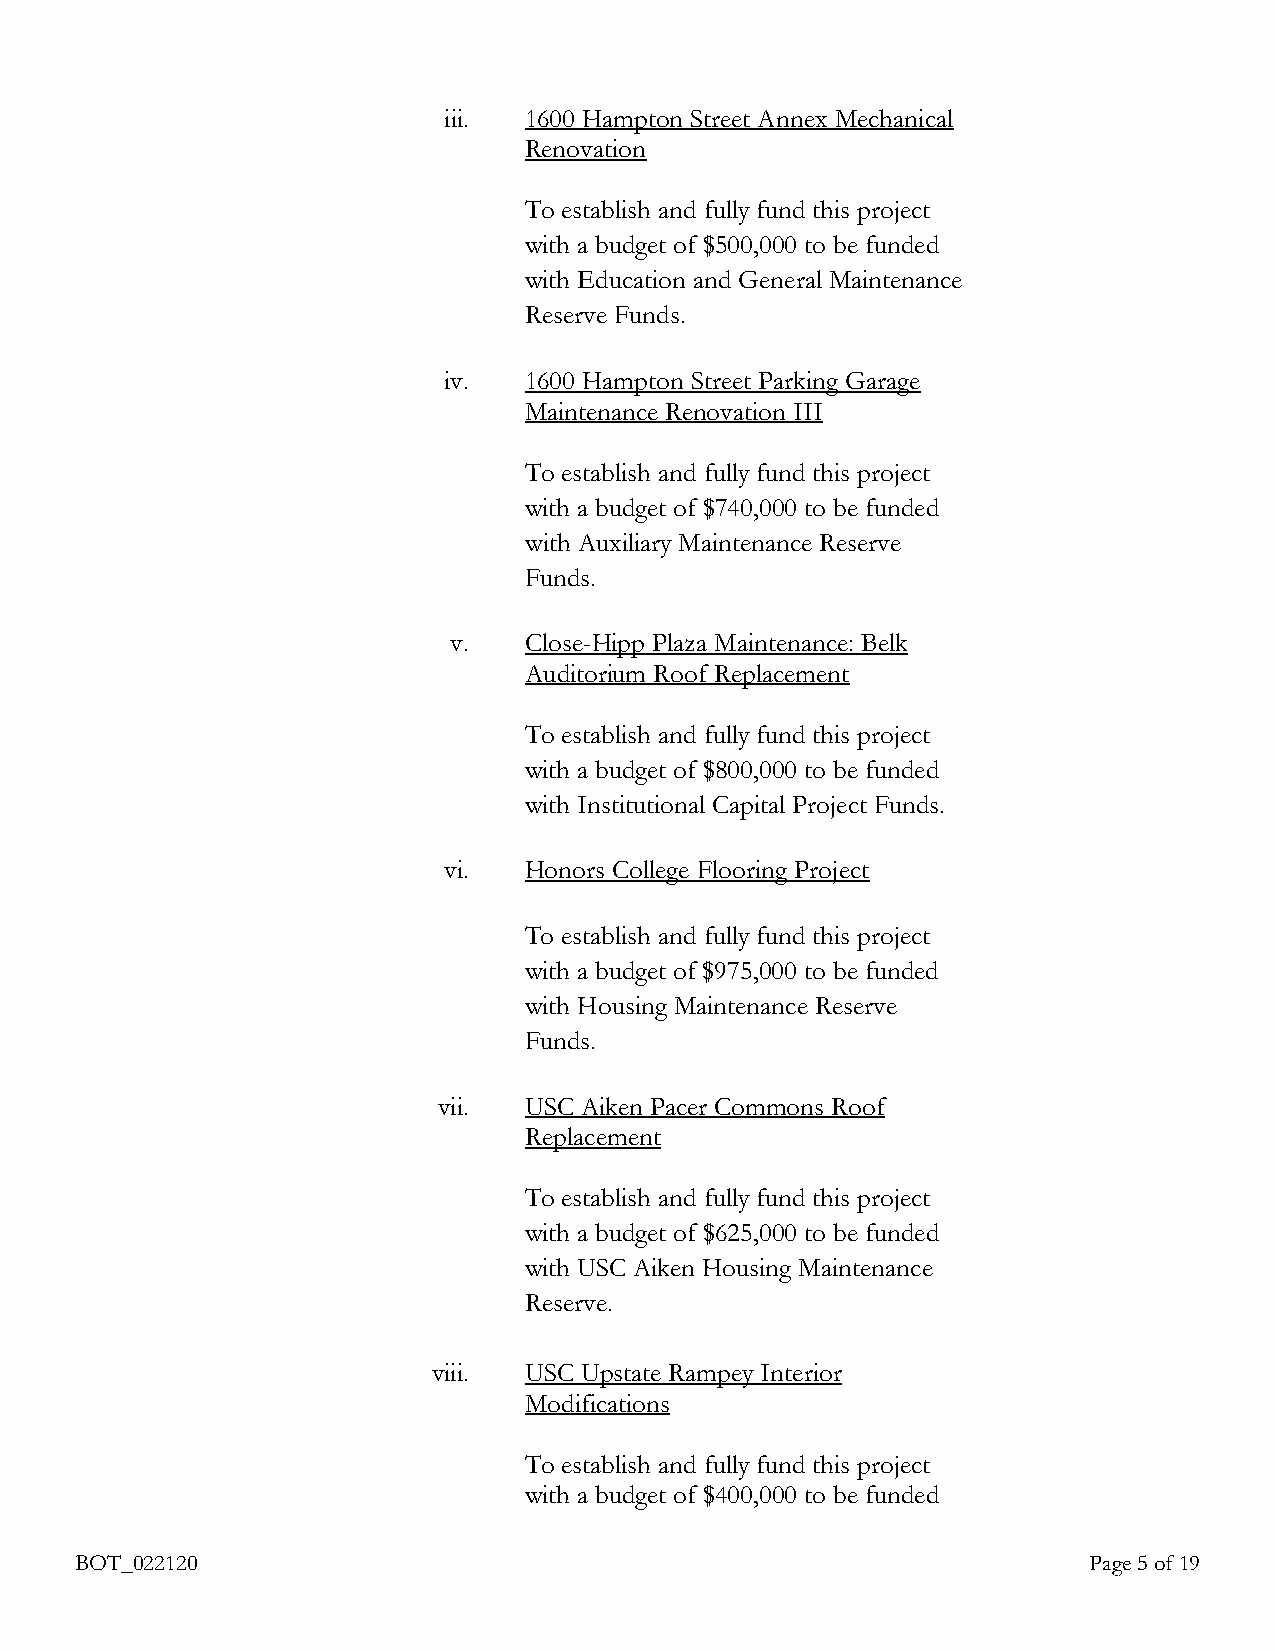
iii.  1600 Hampton Street Annex Mechanical
 Renovation
 To establish and fully fund this project
 with a budget of $500,000 to be funded
 with Education and General Maintenance
 Reserve Funds.
 iv.   1600 Hampton Street Parking Garage
 Maintenance Renovation III
 To establish and fully fund this project
 with a budget of $740,000 to be funded
 with Auxiliary Maintenance Reserve
 Funds.
 v.   Close-Hipp Plaza Maintenance: Belk
 Auditorium Roof Replacement
 To establish and fully fund this project
 with a budget of $800,000 to be funded
 with Institutional Capital Project Funds.
 vi.   Honors College Flooring Project
 To establish and fully fund this project
 with a budget of $975,000 to be funded
 with Housing Maintenance Reserve
 Funds.
 vii.  USC Aiken Pacer Commons Roof
 Replacement
 To establish and fully fund this project
 with a budget of $625,000 to be funded
 with USC Aiken Housing Maintenance
 Reserve.
 viii. USC Upstate Rampey Interior
 Modifications
 To establish and fully fund this project
 with a budget of $400,000 to be funded
 BOT_022120                                                         Page 5 of 19